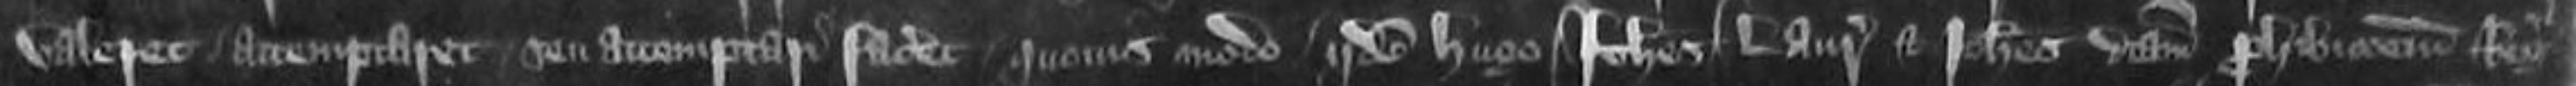
valeret attemptaret seu attemptari faceret quovismodo Iidem Hugo Johannes Laurencius et Johannes dictam prohibitionem Regis